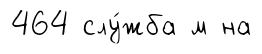
464 слу́жба м на